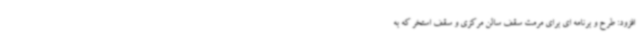
افزود: طرح و برنامه ای برای مرمت سقف سالن مرکزی و سقف استخر که به